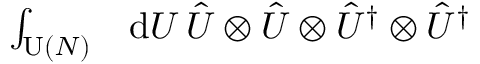
\begin{array} { r l } { \int _ { \operatorname { U } ( N ) } } & { { } \mathrm { d } U \, \hat { U } \otimes \hat { U } \otimes \hat { U } ^ { \dag } \otimes \hat { U } ^ { \dag } } \end{array}